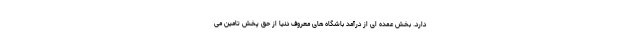
دارد. بخش عمده ای از درآمد باشگاه های معروف دنیا از حق پخش تامین می